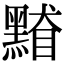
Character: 𪑥